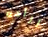
اراده